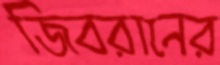
জিবরানের